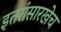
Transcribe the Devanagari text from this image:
इतरांसारखेच